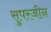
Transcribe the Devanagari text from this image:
सुपरजीन